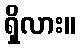
ရှိလား။